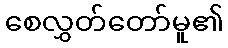
စေလွှတ်တော်မူ၏